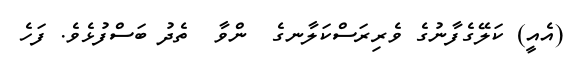
(އެއީ) ކަލޭގެފާނުގެ ވެރިރަސްކަލާނގެ  ންވާ  ތެދު ބަސްފުޅެވެ. ފަހެ